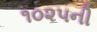
૧૦૨૫ની